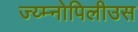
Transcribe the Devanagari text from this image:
ज्य्म्नोपिलीउस